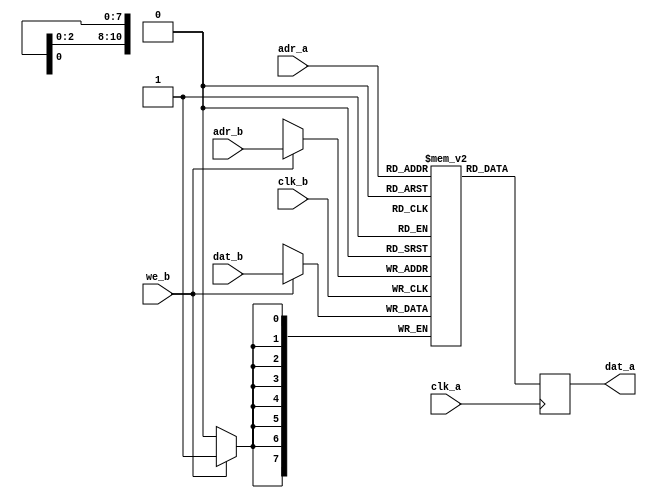
//------------------------------------------------------------------
// Dual port memory (one read and one write port, same width)
//------------------------------------------------------------------

module dp_ram #(
	parameter adr_width = 11,
	parameter dat_width = 8 
) (
	// read port a 
	input                       clk_a,
	input      [adr_width-1:0]  adr_a,
	output reg [dat_width-1:0]  dat_a,
	// write port b
	input                       clk_b,
	input      [adr_width-1:0]  adr_b,
	input      [dat_width-1:0]  dat_b,
	input                       we_b
);

parameter depth = (1 << adr_width);

// actual ram cells
reg [dat_width-1:0] ram [0:depth-1];

//------------------------------------------------------------------
// read port
//------------------------------------------------------------------
always @(posedge clk_a)
begin
	dat_a <= ram[adr_a];
end

//------------------------------------------------------------------
// write port
//------------------------------------------------------------------
always @(posedge clk_b)
begin
	if (we_b) begin
		ram[adr_b] <= dat_b;
	end
end

endmodule